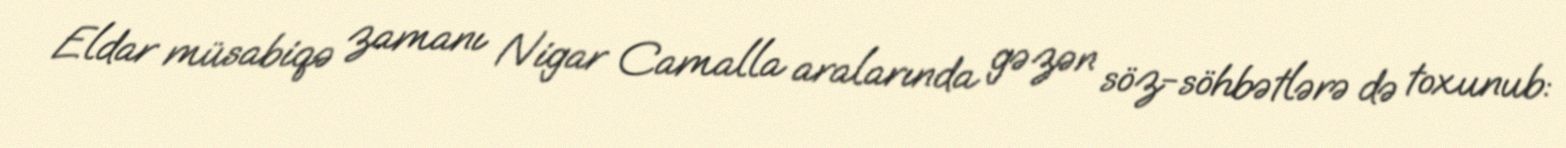
Eldar müsabiqə zamanı Nigar Camalla aralarında gəzən söz-söhbətlərə də toxunub: